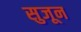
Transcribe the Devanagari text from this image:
सुजून